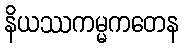
နိယဿကမ္မကတေန